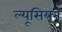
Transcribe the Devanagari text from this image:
ल्यूसियन